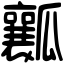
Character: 瓤